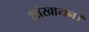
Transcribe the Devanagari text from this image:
शांखायन।